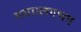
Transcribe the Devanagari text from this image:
गया।लगभग